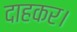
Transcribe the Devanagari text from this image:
दाहकर।